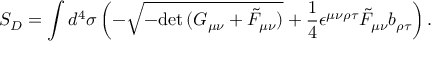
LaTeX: S _ { D } = \int d ^ { 4 } \sigma \left( - \sqrt { - \mathrm { d e t } \, ( G _ { \mu \nu } + \tilde { F } _ { \mu \nu } ) } + { \frac { 1 } { 4 } } \epsilon ^ { \mu \nu \rho \tau } \tilde { F } _ { \mu \nu } b _ { \rho \tau } \right) .